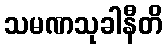
သမဏသုခါနီတိ